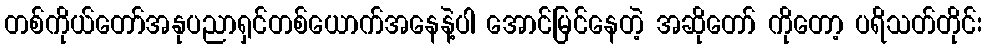
တစ်ကိုယ်တော်အနုပညာရှင်တစ်ယောက်အနေနဲ့ပါ အောင်မြင်နေတဲ့ အဆိုတော် ကိုတော့ ပရိသတ်တိုင်း